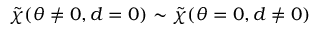
\Tilde { \chi } ( \theta \neq 0 , d = 0 ) \sim \Tilde { \chi } ( \theta = 0 , d \neq 0 )